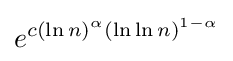
e^{c(\ln n)^{\alpha }(\ln \ln n)^{1-\alpha }}